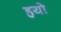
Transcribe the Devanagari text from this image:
हयो